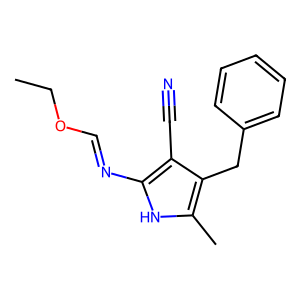
SMILES: CCOC=Nc1[nH]c(C)c(Cc2ccccc2)c1C#N
Inhibits HIV replication: No